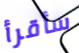
سأقرأ